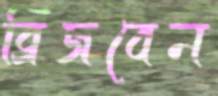
ব্রিজবেন